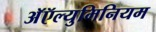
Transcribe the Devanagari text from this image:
अॅऍल्युमिनियम